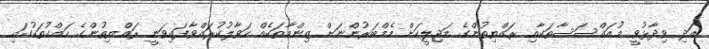
އަދި ވިދާޅުވީ މުއައްސަސާތަކާއި ރައްޔިތުންގެ މަޖިލީހަށް މެމްބަރުންނަށް ޒިންމާތަކެއް ހަވާލުކުރައްވާފައިވަނީ ރައްޔިތުންގެ ހައްގުތަކުގައި